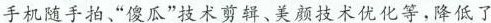
手机随手拍”傻瓜”技术剪辑、美颜技术优化等，降低了